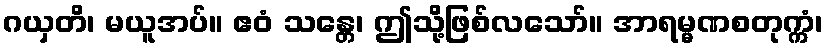
ဂယှတိ၊ မယူအပ်။ ဧဝံ သန္တေ၊ ဤသို့ဖြစ်လသော်။ အာရမ္မဏစတုက္ကံ၊